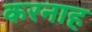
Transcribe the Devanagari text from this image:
करनाह